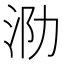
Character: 泐